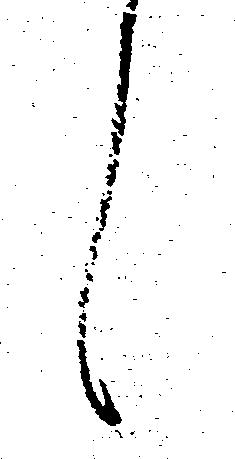
候